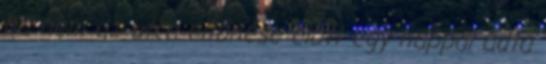
ha nem az utca eltűnése előtt egy nappal adta